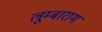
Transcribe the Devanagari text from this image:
लूम्बाराम